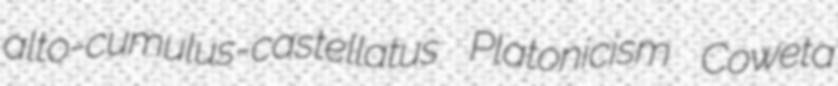
alto-cumulus-castellatus Platonicism Coweta